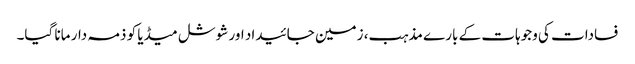
فسادات کی وجوہات کے بارے مذہب، زمین جائیداد اور شوشل میڈیا کو ذمہ دار مانا گیا۔